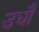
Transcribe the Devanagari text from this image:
उधौ